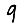
Digit: 9